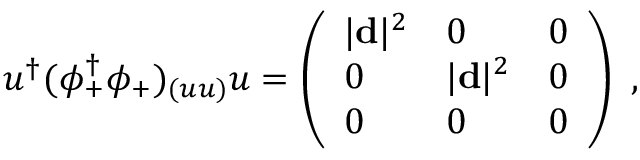
u ^ { \dagger } ( \phi _ { + } ^ { \dagger } \phi _ { + } ) _ { ( u u ) } u = \left( \begin{array} { l l l } { { | { \bf d } | ^ { 2 } } } & { { 0 } } & { { 0 } } \\ { { 0 } } & { { | { \bf d } | ^ { 2 } } } & { { 0 } } \\ { { 0 } } & { { 0 } } & { { 0 } } \end{array} \right) \ ,